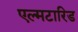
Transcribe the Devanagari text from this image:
एल्मटारिड